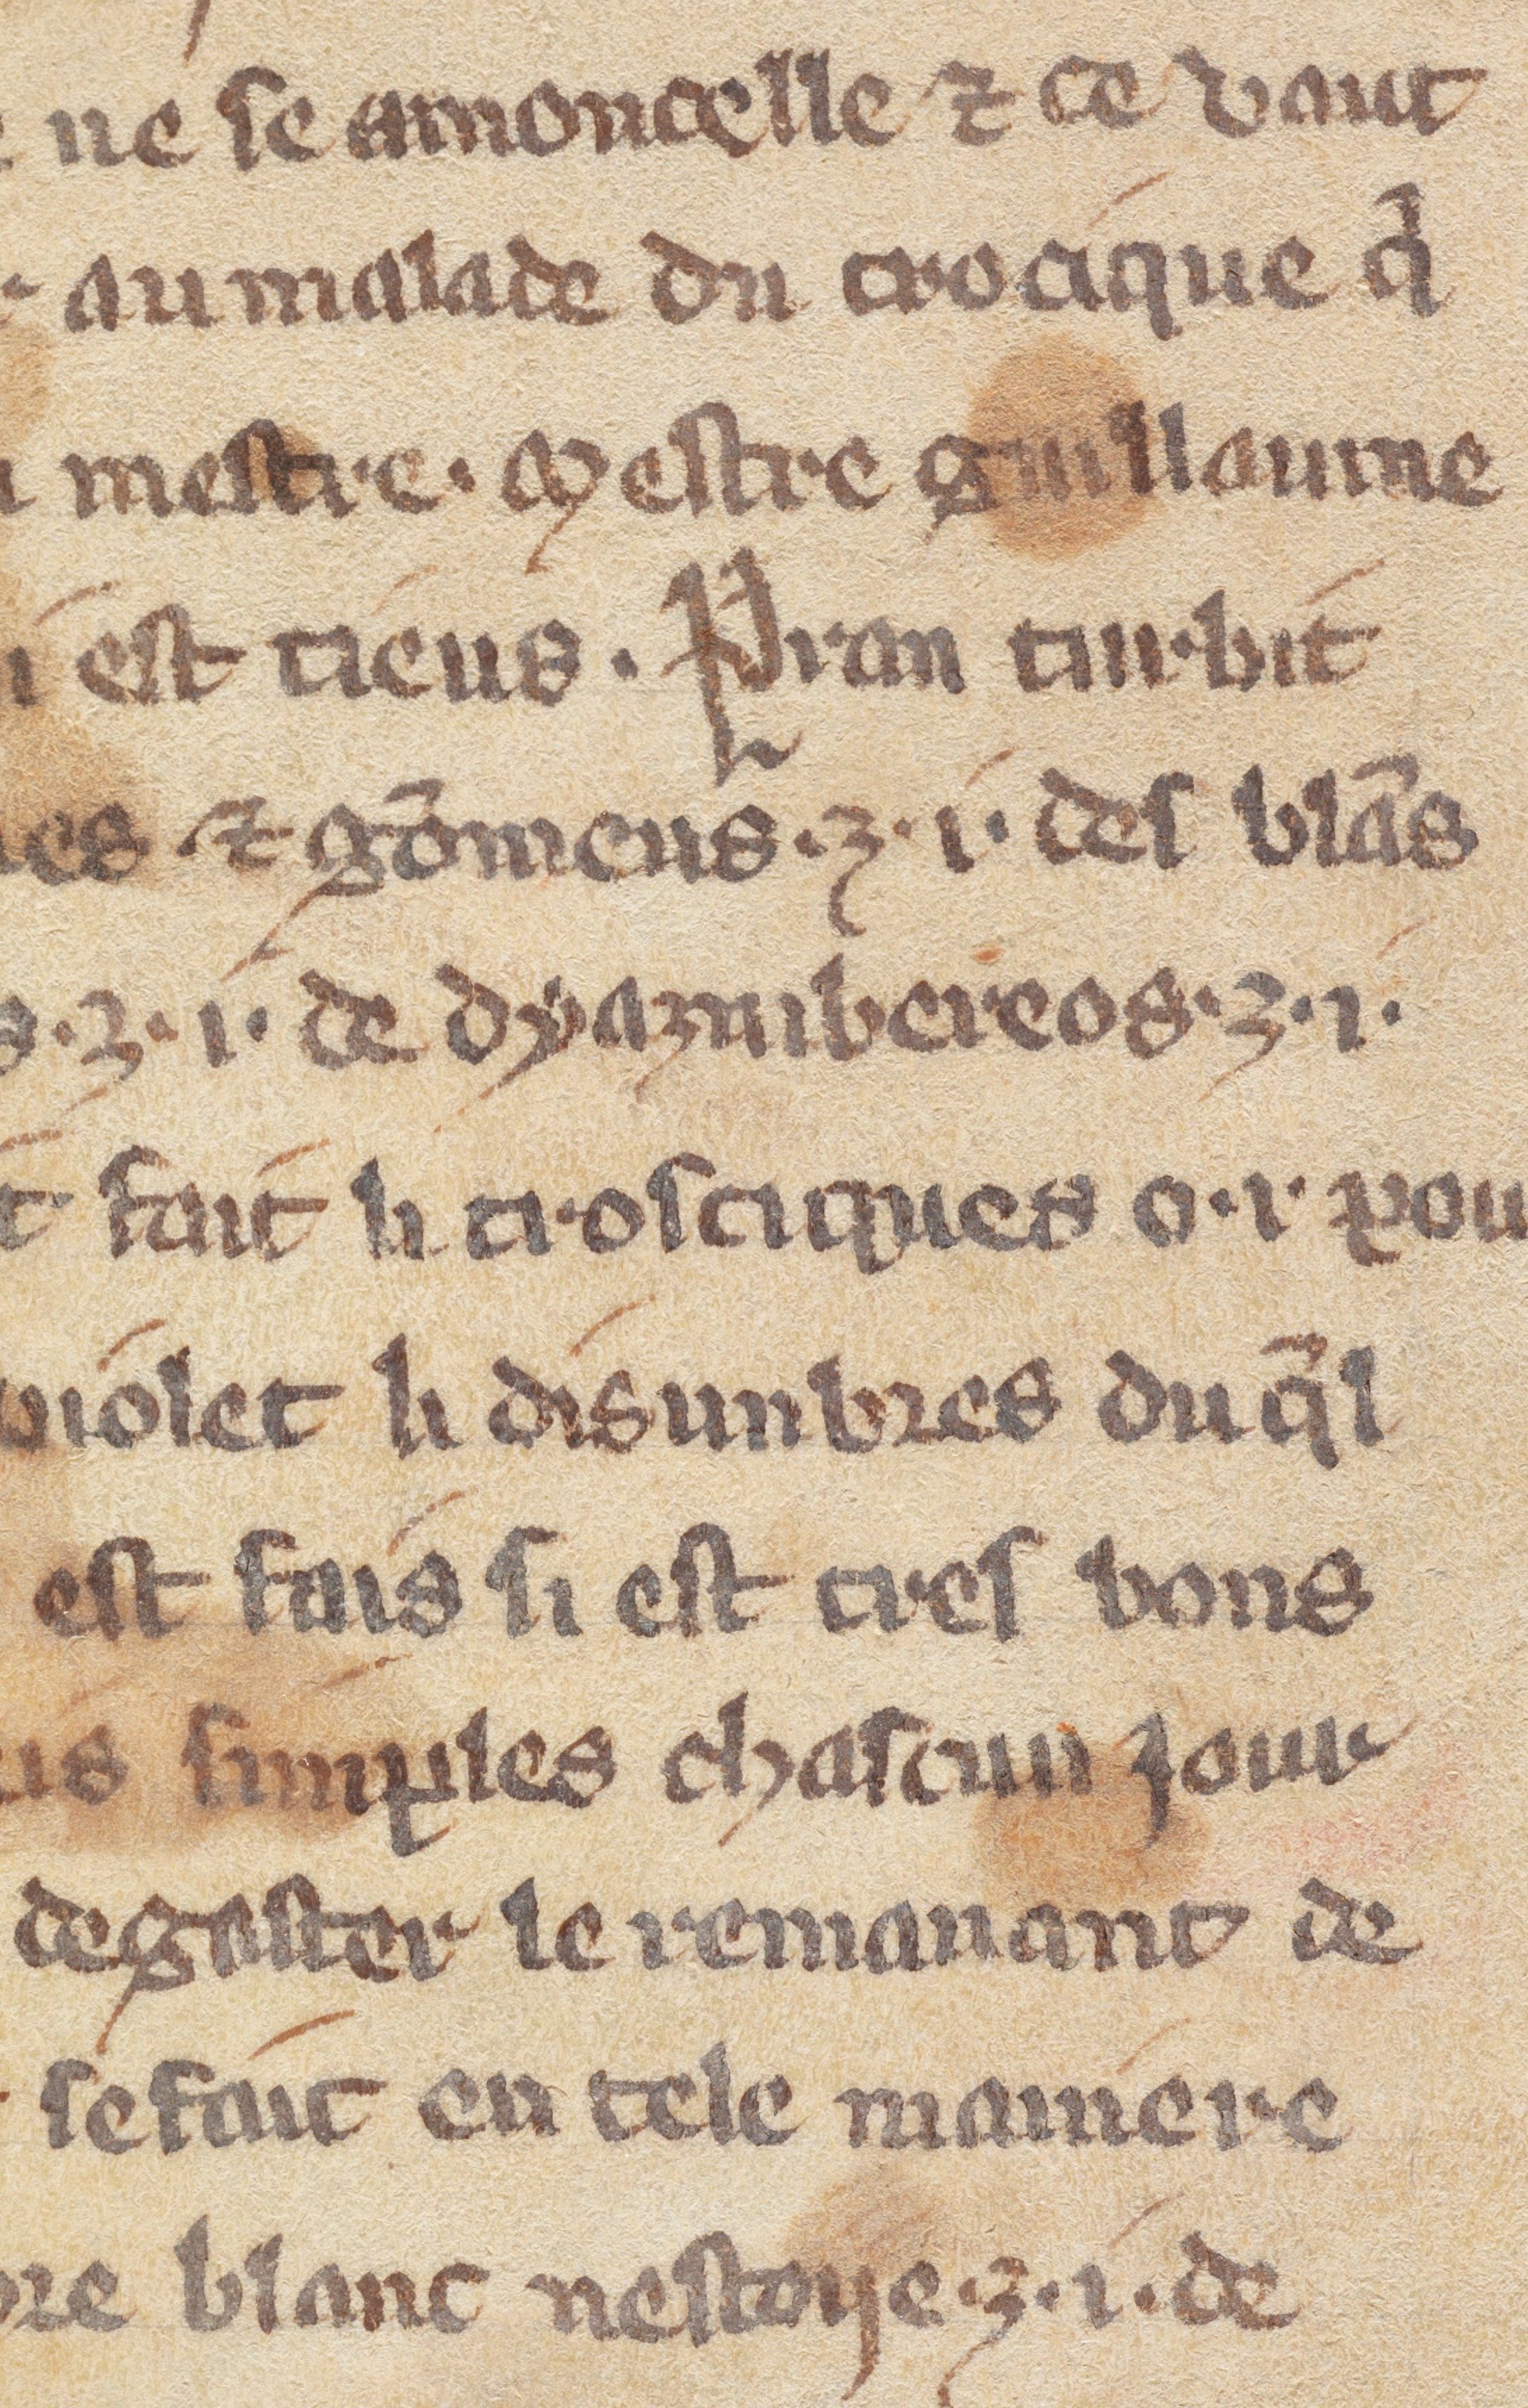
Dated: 1300–1330